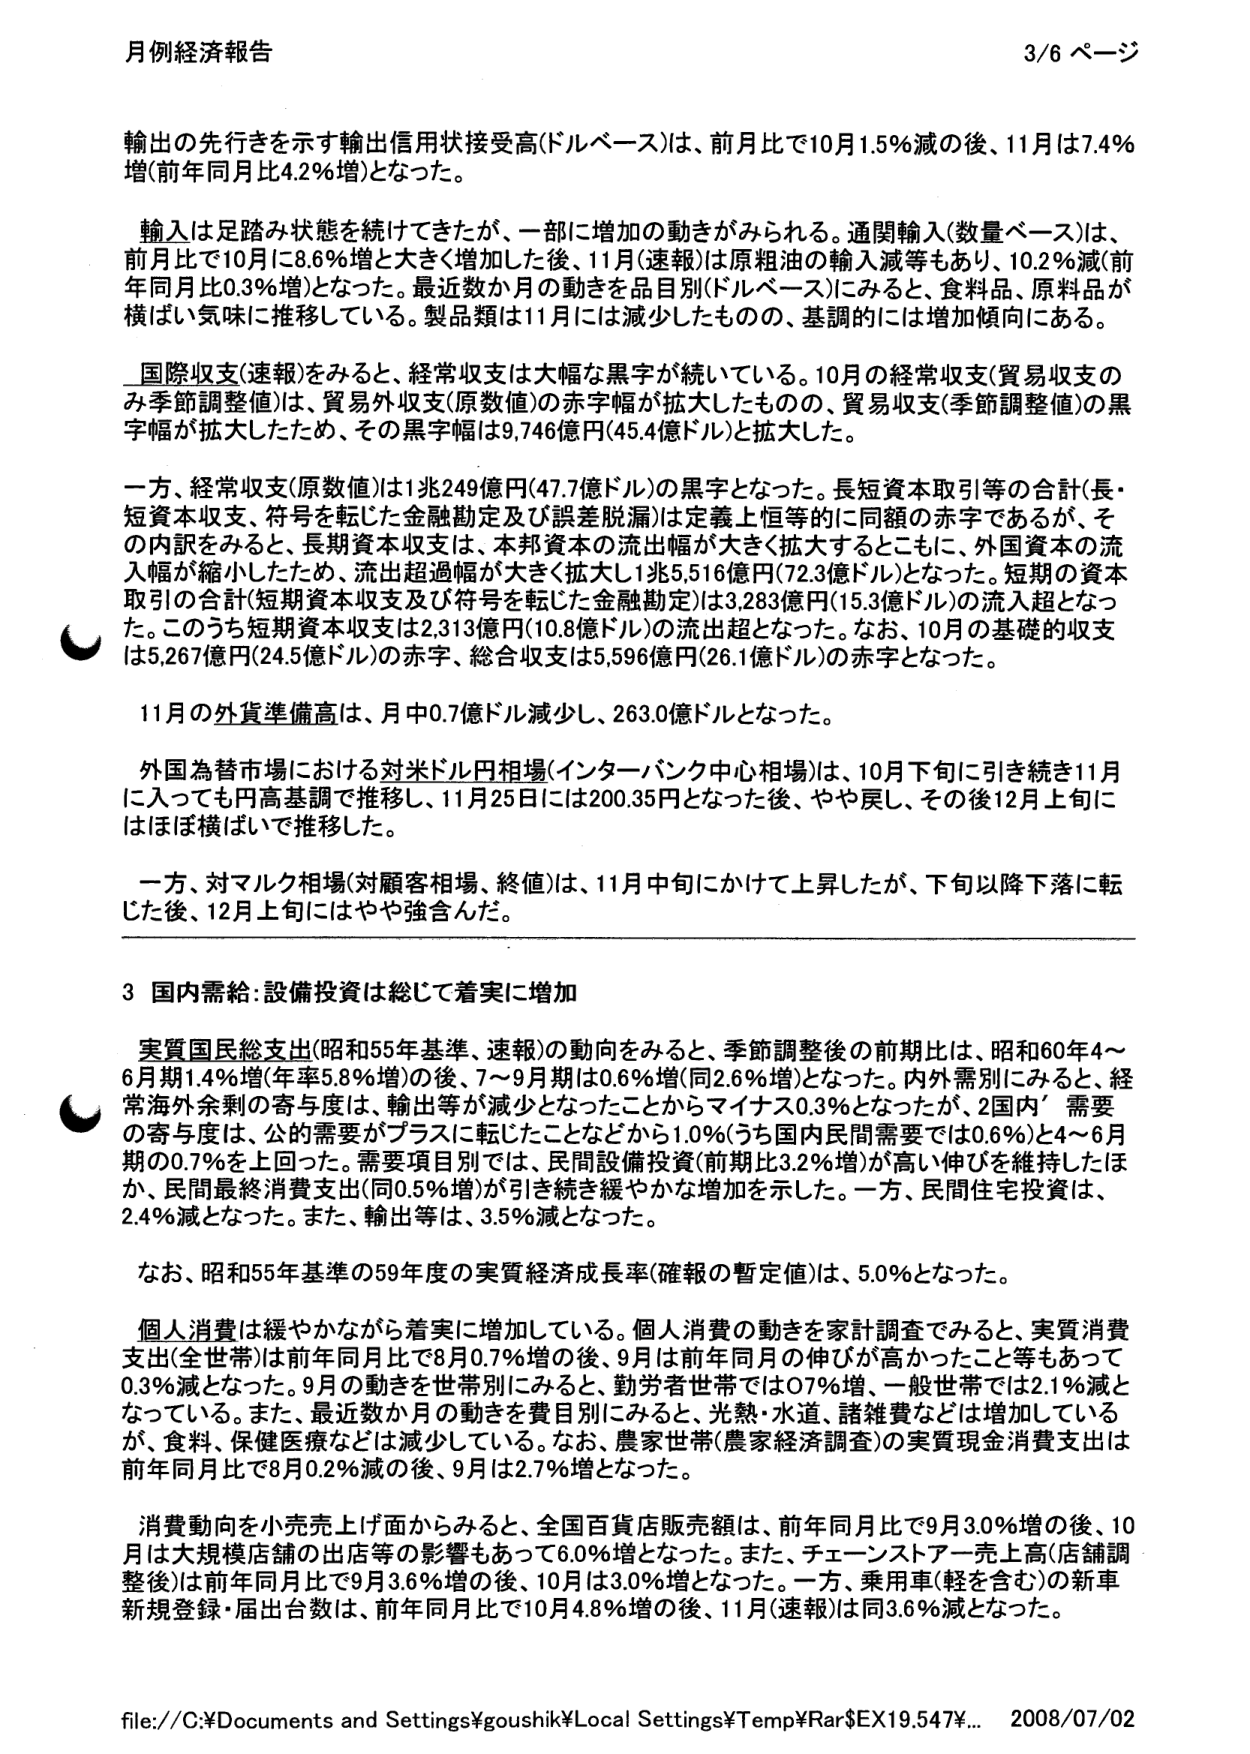
月例経済報告 3/6 ページ

輸出の先行きを示す輸出信用状接受高(ドルベース)は、前月比で10月1.5%減の後、11月は7.4%増(前年同月比4.2%増)となった。

輸入は足踏み状態を続けてきたが、一部に増加の動きがみられる。通関輸入(数量ベース)は、前月比で10月に8.6%増と大きく増加した後、11月(速報)は原粗油の輸入減等もあり、10.2%減(前年同月比0.3%増)となった。最近数か月の動きを品目別(ドルベース)にみると、食料品、原料品が横ばい気味に推移している。製品類は11月には減少したものの、基調的には増加傾向にある。

国際収支(速報)をみると、経常収支は大幅な黒字が続いている。10月の経常収支(貿易収支のみ季節調整値)は、貿易外収支(原数値)の赤字幅が拡大したものの、貿易収支(季節調整値)の黒字幅が拡大したため、その黒字幅は9,746億円(45.4億ドル)と拡大した。

一方、経常収支(原数値)は1兆249億円(47.7億ドル)の黒字となった。長短資本取引等の合計(長・短資本収支、符号を転じた金融勘定及び誤差脱漏)は定義上恒等的に同額の赤字であるが、その内訳をみると、長期資本収支、本邦資本の流出幅が大きくなったとともに、外国資本の流入幅が縮小したため、流出超過幅が大きく拡大し1兆5,516億円(72.3億ドル)となった。短期の資本取引の合計(短期資本収支及び符号を転じた金融勘定)は3,283億円(15.3億ドル)の流入超となった。このうち短期資本収支は2,313億円(10.8億ドル)の流出超となった。なお、10月の基礎的収支は5,267億円(24.5億ドル)の赤字、総合収支は5,596億円(26.1億ドル)の赤字となった。

11月の外貨準備高は、月中0.7億ドル減少し、263.0億ドルとなった。

外国為替市場における対米ドル円相場(インターバンク中心相場)は、10月下旬に引き続き11月に入っても円高基調で推移し、11月25日には200.35円となった後、やや戻し、その後12月上旬にはほぼ横ばいで推移した。

一方、対マルク相場(対顧客相場、終値)は、11月中旬にかけて上昇したが、下旬以降下落に転じた後、12月上旬にはやや強含んだ。

3 国内需給：設備投資は総じて着実に増加

実質国民総支出(昭和55年基準、速報)の動向をみると、季節調整後の前期比は、昭和60年4～6月期1.4%増(年率5.8%増)の後、7～9月期は0.6%増(同2.6%増)となった。内外需別にみると、経常海外余剰の寄与度は、輸出等が減少となったことからマイナス0.3%となったが、2国内需要の寄与度は、公的需要がプラスに転じたことなどから1.0%(うち国内民間需要では0.6%)と4～6月期の0.7%を上回った。需要項目別では、民間設備投資(前期比3.2%増)が高い伸びを維持したほか、民間最終消費支出(同0.5%増)が引き続き緩やかな増加を示した。一方、民間住宅投資は、2.4%減となった。また、輸出等は、3.5%減となった。

なお、昭和55年基準の59年度の実質経済成長率(確報の暫定値)は、5.0%となった。

個人消費は緩やかながら着実に増加している。個人消費の動きを家計調査でみると、実質消費支出(全世帯)は前年同月比で8月0.7%増の後、9月は前年同月の伸びが高かったこと等もあって0.3%減となった。9月の動きを世帯別にみると、勤労者世帯では0.7%増、一般世帯では2.1%減となっている。また、最近数か月の動きを費目別にみると、光熱・水道、諸雑費などは増加しているが、食料、保健医療などは減少している。なお、農家世帯(農家経済調査)の実質現金消費支出は前年同月比で8月0.2%減の後、9月は2.7%増となった。

消費動向を小売売上げ面からみると、全国百貨店販売額は、前年同月比で9月3.0%増の後、10月は大規模店舗の出店等の影響もあって6.0%増となった。また、チェーンストア一売上高(店舗調整後)は前年同月比で9月3.6%増の後、10月は3.0%増となった。一方、乗用車(軽を含む)の新車新規登録・届出台数は、前年同月比で10月4.8%増の後、11月(速報)は同3.6%減となった。

file://C:\Documents and Settings\goushik\Local Settings\Temp\Rar$EX19.547\... 2008/07/02